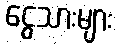
ငွေသားများ